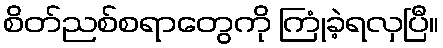
စိတ်ညစ်စရာတွေကို ကြုံခဲ့ရလှပြီ။